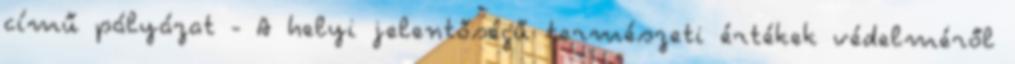
című pályázat - A helyi jelentőségű természeti értékek védelméről